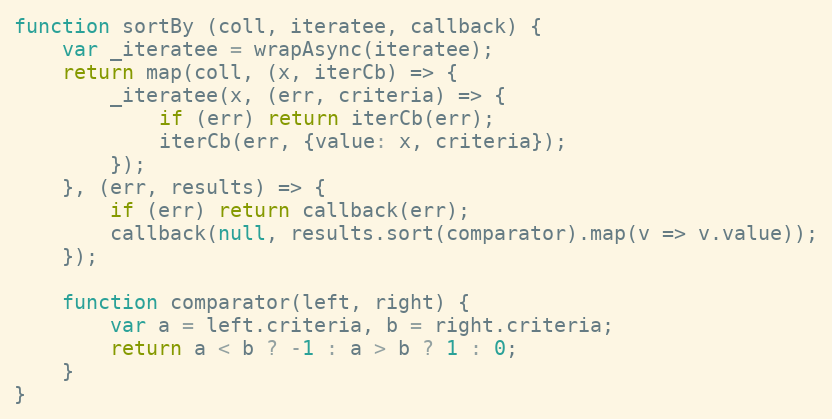
Language: JavaScript
function sortBy (coll, iteratee, callback) {
    var _iteratee = wrapAsync(iteratee);
    return map(coll, (x, iterCb) => {
        _iteratee(x, (err, criteria) => {
            if (err) return iterCb(err);
            iterCb(err, {value: x, criteria});
        });
    }, (err, results) => {
        if (err) return callback(err);
        callback(null, results.sort(comparator).map(v => v.value));
    });

    function comparator(left, right) {
        var a = left.criteria, b = right.criteria;
        return a < b ? -1 : a > b ? 1 : 0;
    }
}